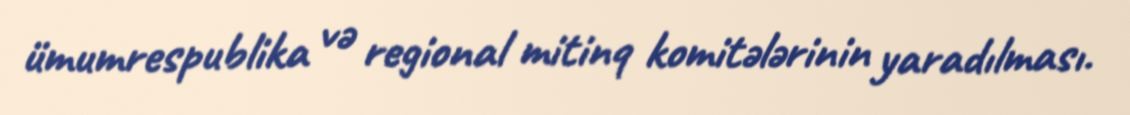
ümumrespublika və regional mitinq komitələrinin yaradılması.